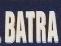
batra